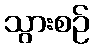
သွားစဉ်